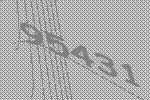
95431